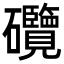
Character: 𥗽